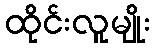
ထိုင်းလူမျိုး